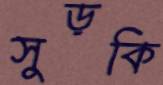
সুড়কি